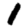
Digit: 1